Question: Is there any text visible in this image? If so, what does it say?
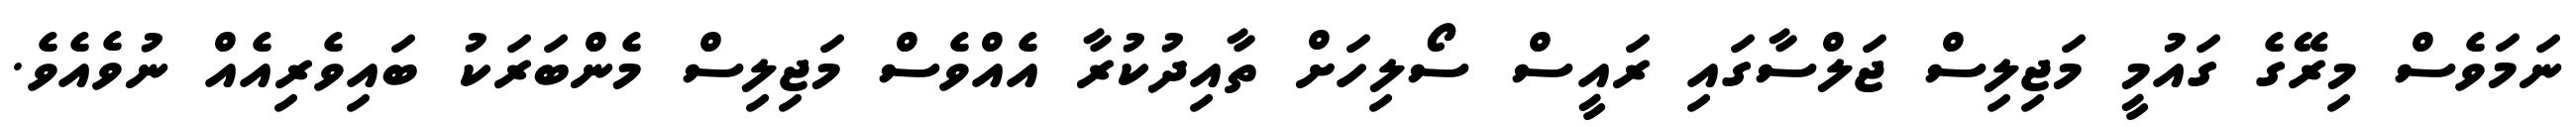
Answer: ނަމަވެސް މިރޭގެ ގައުމީ މަޖިލިސް ޖަލްސާގައި ރައީސް ސޯލިހަށް ތާއިދުކުރާ އެއްވެސް މަޖިލިސް މެންބަރަކު ބައިވެރިއެއް ނުވެއެވެ.